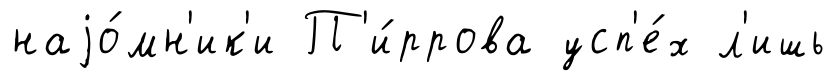
наjо́мн'ик'и П'и́ррова усп'е́х л'ишь